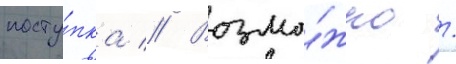
посту́пка // Возмо́жно /